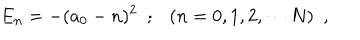
LaTeX: E _ { n } = - ( a _ { 0 } - n ) ^ { 2 } ~ ~ ; ( n = 0 , 1 , 2 , \cdots N ) ~ ~ ,